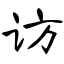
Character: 访